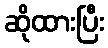
ဆိုထားပြီး